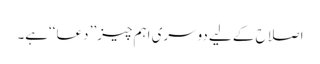
اصلاح کے لیے دوسری اہم چیز’’ دعا ‘‘ہے۔